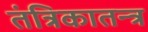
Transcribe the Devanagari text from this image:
तंत्रिकातन्त्र